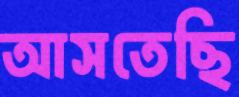
আসতেছি